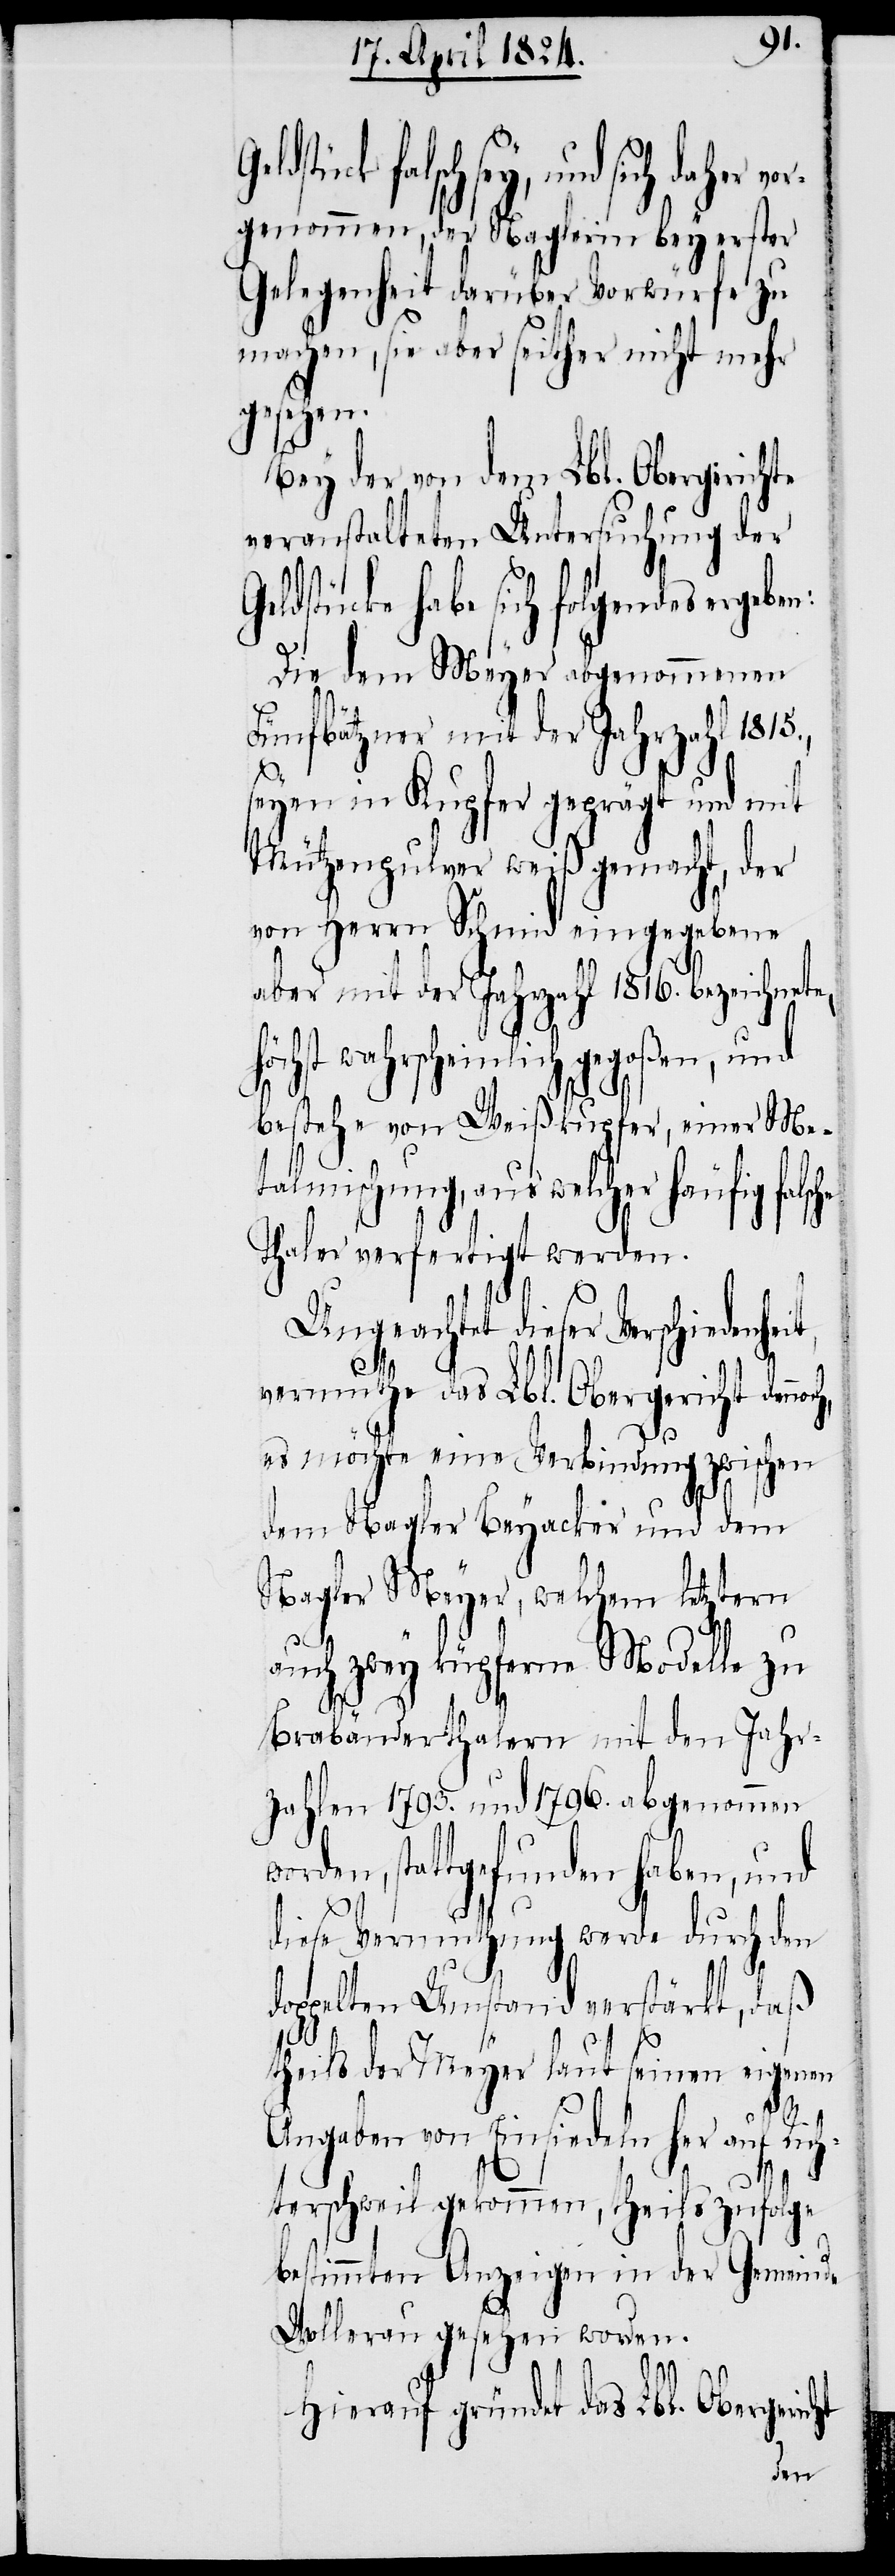
falsch sey, und sich daher
genommen, der Naglerin bey erster
Gelegenheit darüber Vorwürfe zu
machen, sie aber seither nicht mehr
gesehen.
Bey der von dem Lbl. Obergerichte
veranstalteten Untersuchung der
eldstücke habe sich folgendes erge¬
Die dem Meyer abgenommenen
Fünfbätzner mit der Jahrzahl 1815.,
seyen in Kupfer geprägt und mit
Mützenpulver weiß gemacht, der
von Herrn Schmid eingegebene
aber mit der Jahrzahl 1816. bezeichnet¬
öchst wahrscheinlich gegoßen, und
bestehe von Weißkupfer, einer Me¬
talmischung, aus welcher häufig fal¬
Thaler verfertigt werden.
h¬
Ungeachtet dieser Verschiedenh¬
vermuthe das Lbl. Obergericht denn¬
es möchte eine Verbindung zwischen
dem Nagler Beyacker und dem
Nagler Meyer, welchem letztern
auch zwey kupferne Modelle zu
Brabänderthalern mit den Jahr¬
zahlen 1793. und 1796. abgenommen
orden, stattgefunden haben, und
diese Vermuthung werde durch den
doppelten Umstand verstärkt, daß
theils der Meyer laut seinen eigenen
w¬
Angaben von Einsiedeln her auf Ric¬
hterschweil gekommen, theils zufolge
bestimmten Anzeigen in der Gemeinde
Wollerau gesehen worden.
Hierauf gründet das Lbl. Obergericht
ben: